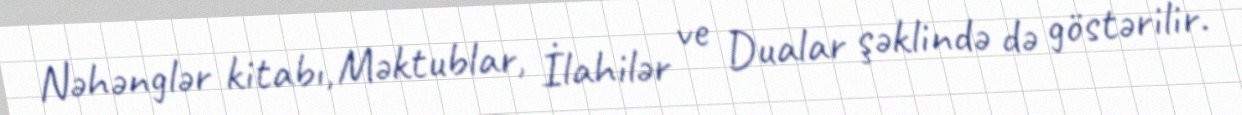
Nəhənglər kitabı, Məktublar, İlahilər ve Dualar şəklində də göstərilir.